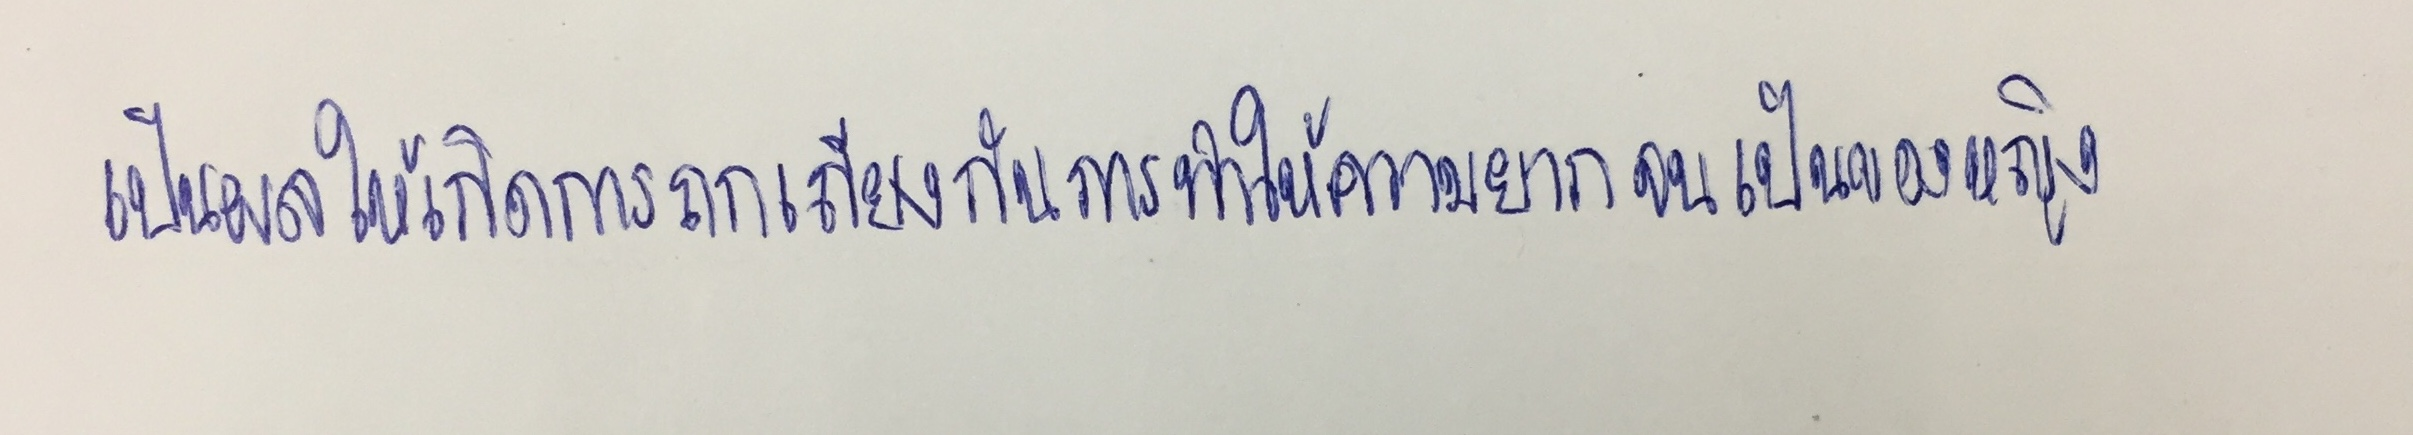
เป็นผลให้เกิดการถกเถียงถึงการทำให้ความยากจนเป็นของหญิง